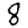
Digit: 8